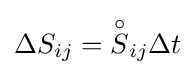
\Delta S_{ij}={\overset {\circ }{S}}_{ij}\Delta t